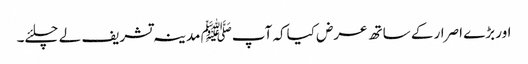
اور بڑے اصرار کے ساتھ عرض کیاکہ آپﷺ مدینہ تشریف لے چلئے۔